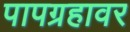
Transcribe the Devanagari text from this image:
पापग्रहावर